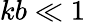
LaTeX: kb\ll 1